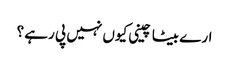
ارے بیٹا چینی کیوں نہیں پی رہے ؟